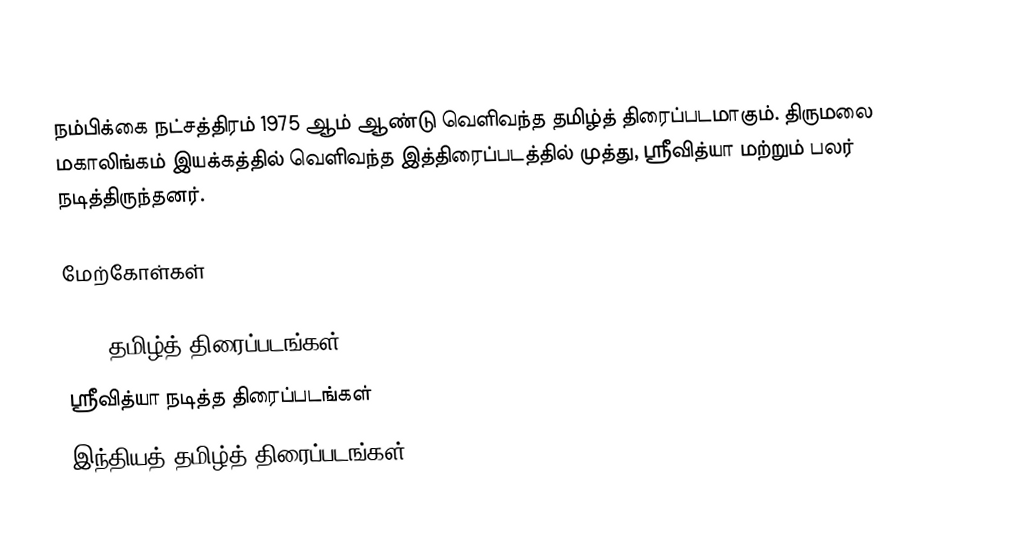
நம்பிக்கை நட்சத்திரம் 1975 ஆம் ஆண்டு வெளிவந்த தமிழ்த் திரைப்படமாகும். திருமலை மகாலிங்கம் இயக்கத்தில் வெளிவந்த இத்திரைப்படத்தில் முத்து, ஸ்ரீவித்யா மற்றும் பலர் நடித்திருந்தனர்.

மேற்கோள்கள்

1975 தமிழ்த் திரைப்படங்கள்
ஸ்ரீவித்யா நடித்த திரைப்படங்கள்
இந்தியத் தமிழ்த் திரைப்படங்கள்